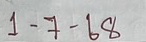
1 - 7 - 68